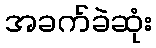
အခက်ခဲဆုံး